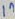
Text: 1n